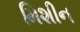
મિશીન